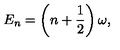
E _ { n } = \left( n + \frac { 1 } { 2 } \right) \omega ,